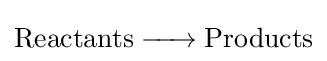
{\ce {Reactants -> Products}}